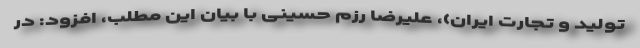
تولید و تجارت ایران)، علیرضا رزم‌ حسینی با بیان این مطلب، افزود: در